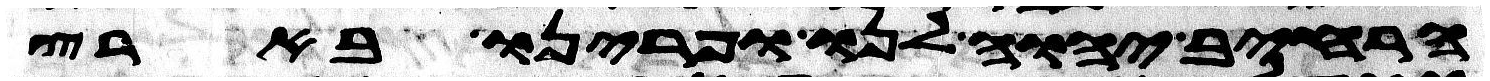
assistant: הרחיב יהוה לנו ופרינו בארץ